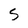
Character: S